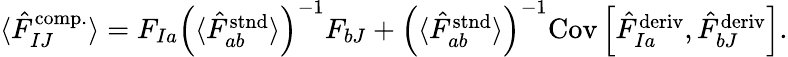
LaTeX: \begin{array}{r}{\langle\hat{F}_{IJ}^{\mathrm{comp.}}\rangle=F_{Ia}\left(\langle\hat{F}_{ab}^{\mathrm{stnd}}\rangle\right)^{-1}F_{bJ}+\left(\langle\hat{F}_{ab}^{\mathrm{stnd}}\rangle\right)^{-1}\mathrm{Cov}\left[\hat{F}_{Ia}^{\mathrm{deriv}},\hat{F}_{bJ}^{\mathrm{deriv}}\right].}\end{array}